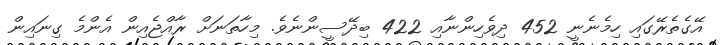
އޭގެތެރޭގައި ހިމެނެނީ 452 ދިވެހިންނާއި 422 ބިދޭސީންނެވެ. މިހާތަނަށް ރާއްޖެއިން އެންމެ ގިނައިން